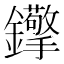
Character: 𨰈